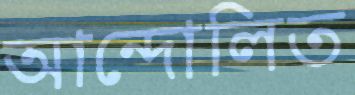
আন্দোলিত